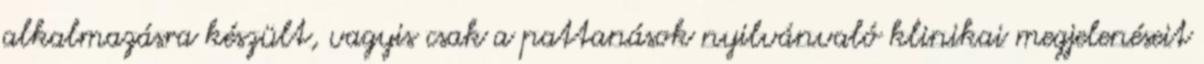
alkalmazásra készült, vagyis csak a pattanások nyilvánvaló klinikai megjelenéseit